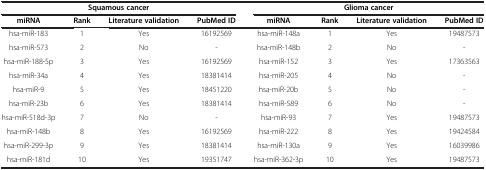
<table><thead><tr><td colspan="4"><b>Squamous cancer</b></td><td colspan="4"><b>Glioma cancer</b></td></tr><tr><td><b>miRNA</b></td><td><b>Rank</b></td><td><b>Literature validation</b></td><td><b>PubMed ID</b></td><td><b>miRNA</b></td><td><b>Rank</b></td><td><b>Literature validation</b></td><td><b>PubMed ID</b></td></tr></thead><tbody><tr><td>hsa-miR-183</td><td>1</td><td>Yes</td><td>16192569</td><td>hsa-miR-148a</td><td>1</td><td>Yes</td><td>19487573</td></tr><tr><td>hsa-miR-573</td><td>2</td><td>No</td><td>-</td><td>hsa-miR-148b</td><td>2</td><td>No</td><td>-</td></tr><tr><td>hsa-miR-188-5p</td><td>3</td><td>Yes</td><td>16192569</td><td>hsa-miR-152</td><td>3</td><td>Yes</td><td>17363563</td></tr><tr><td>hsa-miR-34a</td><td>4</td><td>Yes</td><td>18381414</td><td>hsa-miR-205</td><td>4</td><td>No</td><td>-</td></tr><tr><td>hsa-miR-9</td><td>5</td><td>Yes</td><td>18451220</td><td>hsa-miR-20b</td><td>5</td><td>No</td><td>-</td></tr><tr><td>hsa-miR-23b</td><td>6</td><td>Yes</td><td>18381414</td><td>hsa-miR-589</td><td>6</td><td>No</td><td>-</td></tr><tr><td>hsa-miR-518d-3p</td><td>7</td><td>No</td><td>-</td><td>hsa-miR-93</td><td>7</td><td>Yes</td><td>19487573</td></tr><tr><td>hsa-miR-148b</td><td>8</td><td>Yes</td><td>16192569</td><td>hsa-miR-222</td><td>8</td><td>Yes</td><td>19424584</td></tr><tr><td>hsa-miR-299-3p</td><td>9</td><td>Yes</td><td>18381414</td><td>hsa-miR-130a</td><td>9</td><td>Yes</td><td>16039986</td></tr><tr><td>hsa-miR-181d</td><td>10</td><td>Yes</td><td>19351747</td><td>hsa-miR-362-3p</td><td>10</td><td>Yes</td><td>19487573</td></tr></tbody></table>